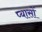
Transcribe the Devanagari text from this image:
प्यासों